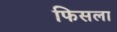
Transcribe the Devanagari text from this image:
फिसला